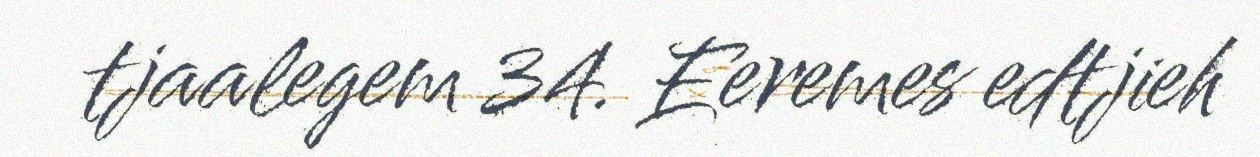
tjaalegem 34. Eeremes edtjieh